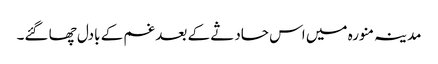
مدینہ منورہ میں اس حادثے کے بعد غم کے بادل چھا گئے۔